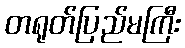
တရုတ်ပြည်မကြီး